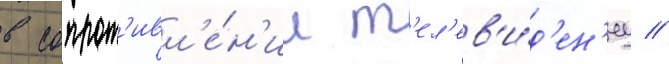
в сопрот'ивл'е́н'ии т'ел'ев'и́д'ен'иу //